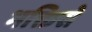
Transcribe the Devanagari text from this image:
भक्तिसे